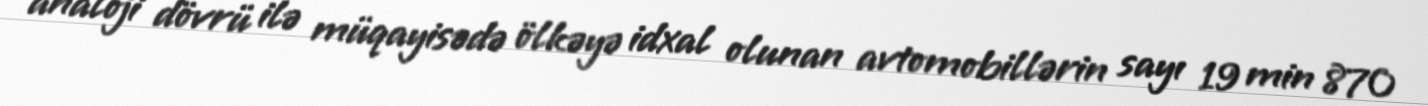
analoji dövrü ilə müqayisədə ölkəyə idxal olunan avtomobillərin sayı 19 min 870